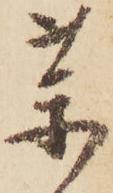
薬